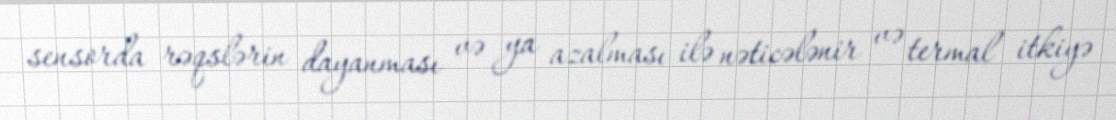
sensorda rəqslərin dayanması və ya azalması ilə nəticələnir və termal itkiyə